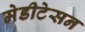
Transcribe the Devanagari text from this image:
मेडीटेसन